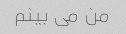
من می بینم